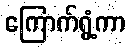
ကြောက်ရွံ့ကာ